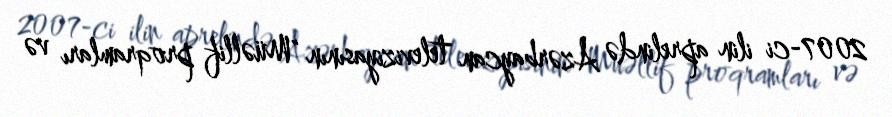
2007-ci ilin aprelində Azərbaycan televiziyasının "Müəllif proqramları və